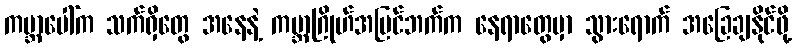
ကမ္ဘာပေါ်က သက်ရှိတွေ အနေနဲ့ ကမ္ဘာဂြိုဟ်အပြင်ဘက်က နေရာတွေမှာ သွားရောက် အခြေချနိုင်ဖို့